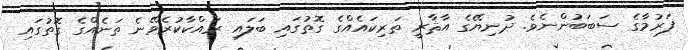
ފަރުމާގެ ސަބަބުންނެވެ. ދުނިޔޭގެ އާޘާރީ ތަރިކައެއްގެ ގޮތުގައި ބަލައި ރައްކާކުރެވޭނެ ތަނެއްގެ ގޮތުގައި